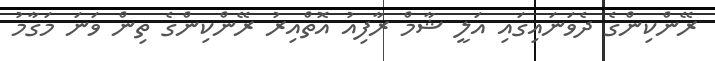
ރޭންކިންގެ ދެވަނައިގައި އަލީ ޝާމް ރާފިއު އޮތްއިރު ރޭންކިންގެ ތިން ވަނަ މަގާމު